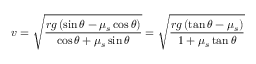
v = { \sqrt { \frac { r g \left( \sin \theta - \mu _ { s } \cos \theta \right) } { \cos \theta + \mu _ { s } \sin \theta } } } = { \sqrt { \frac { r g \left( \tan \theta - \mu _ { s } \right) } { 1 + \mu _ { s } \tan \theta } } }